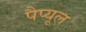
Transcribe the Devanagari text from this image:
पैप्यूल